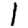
Digit: 1